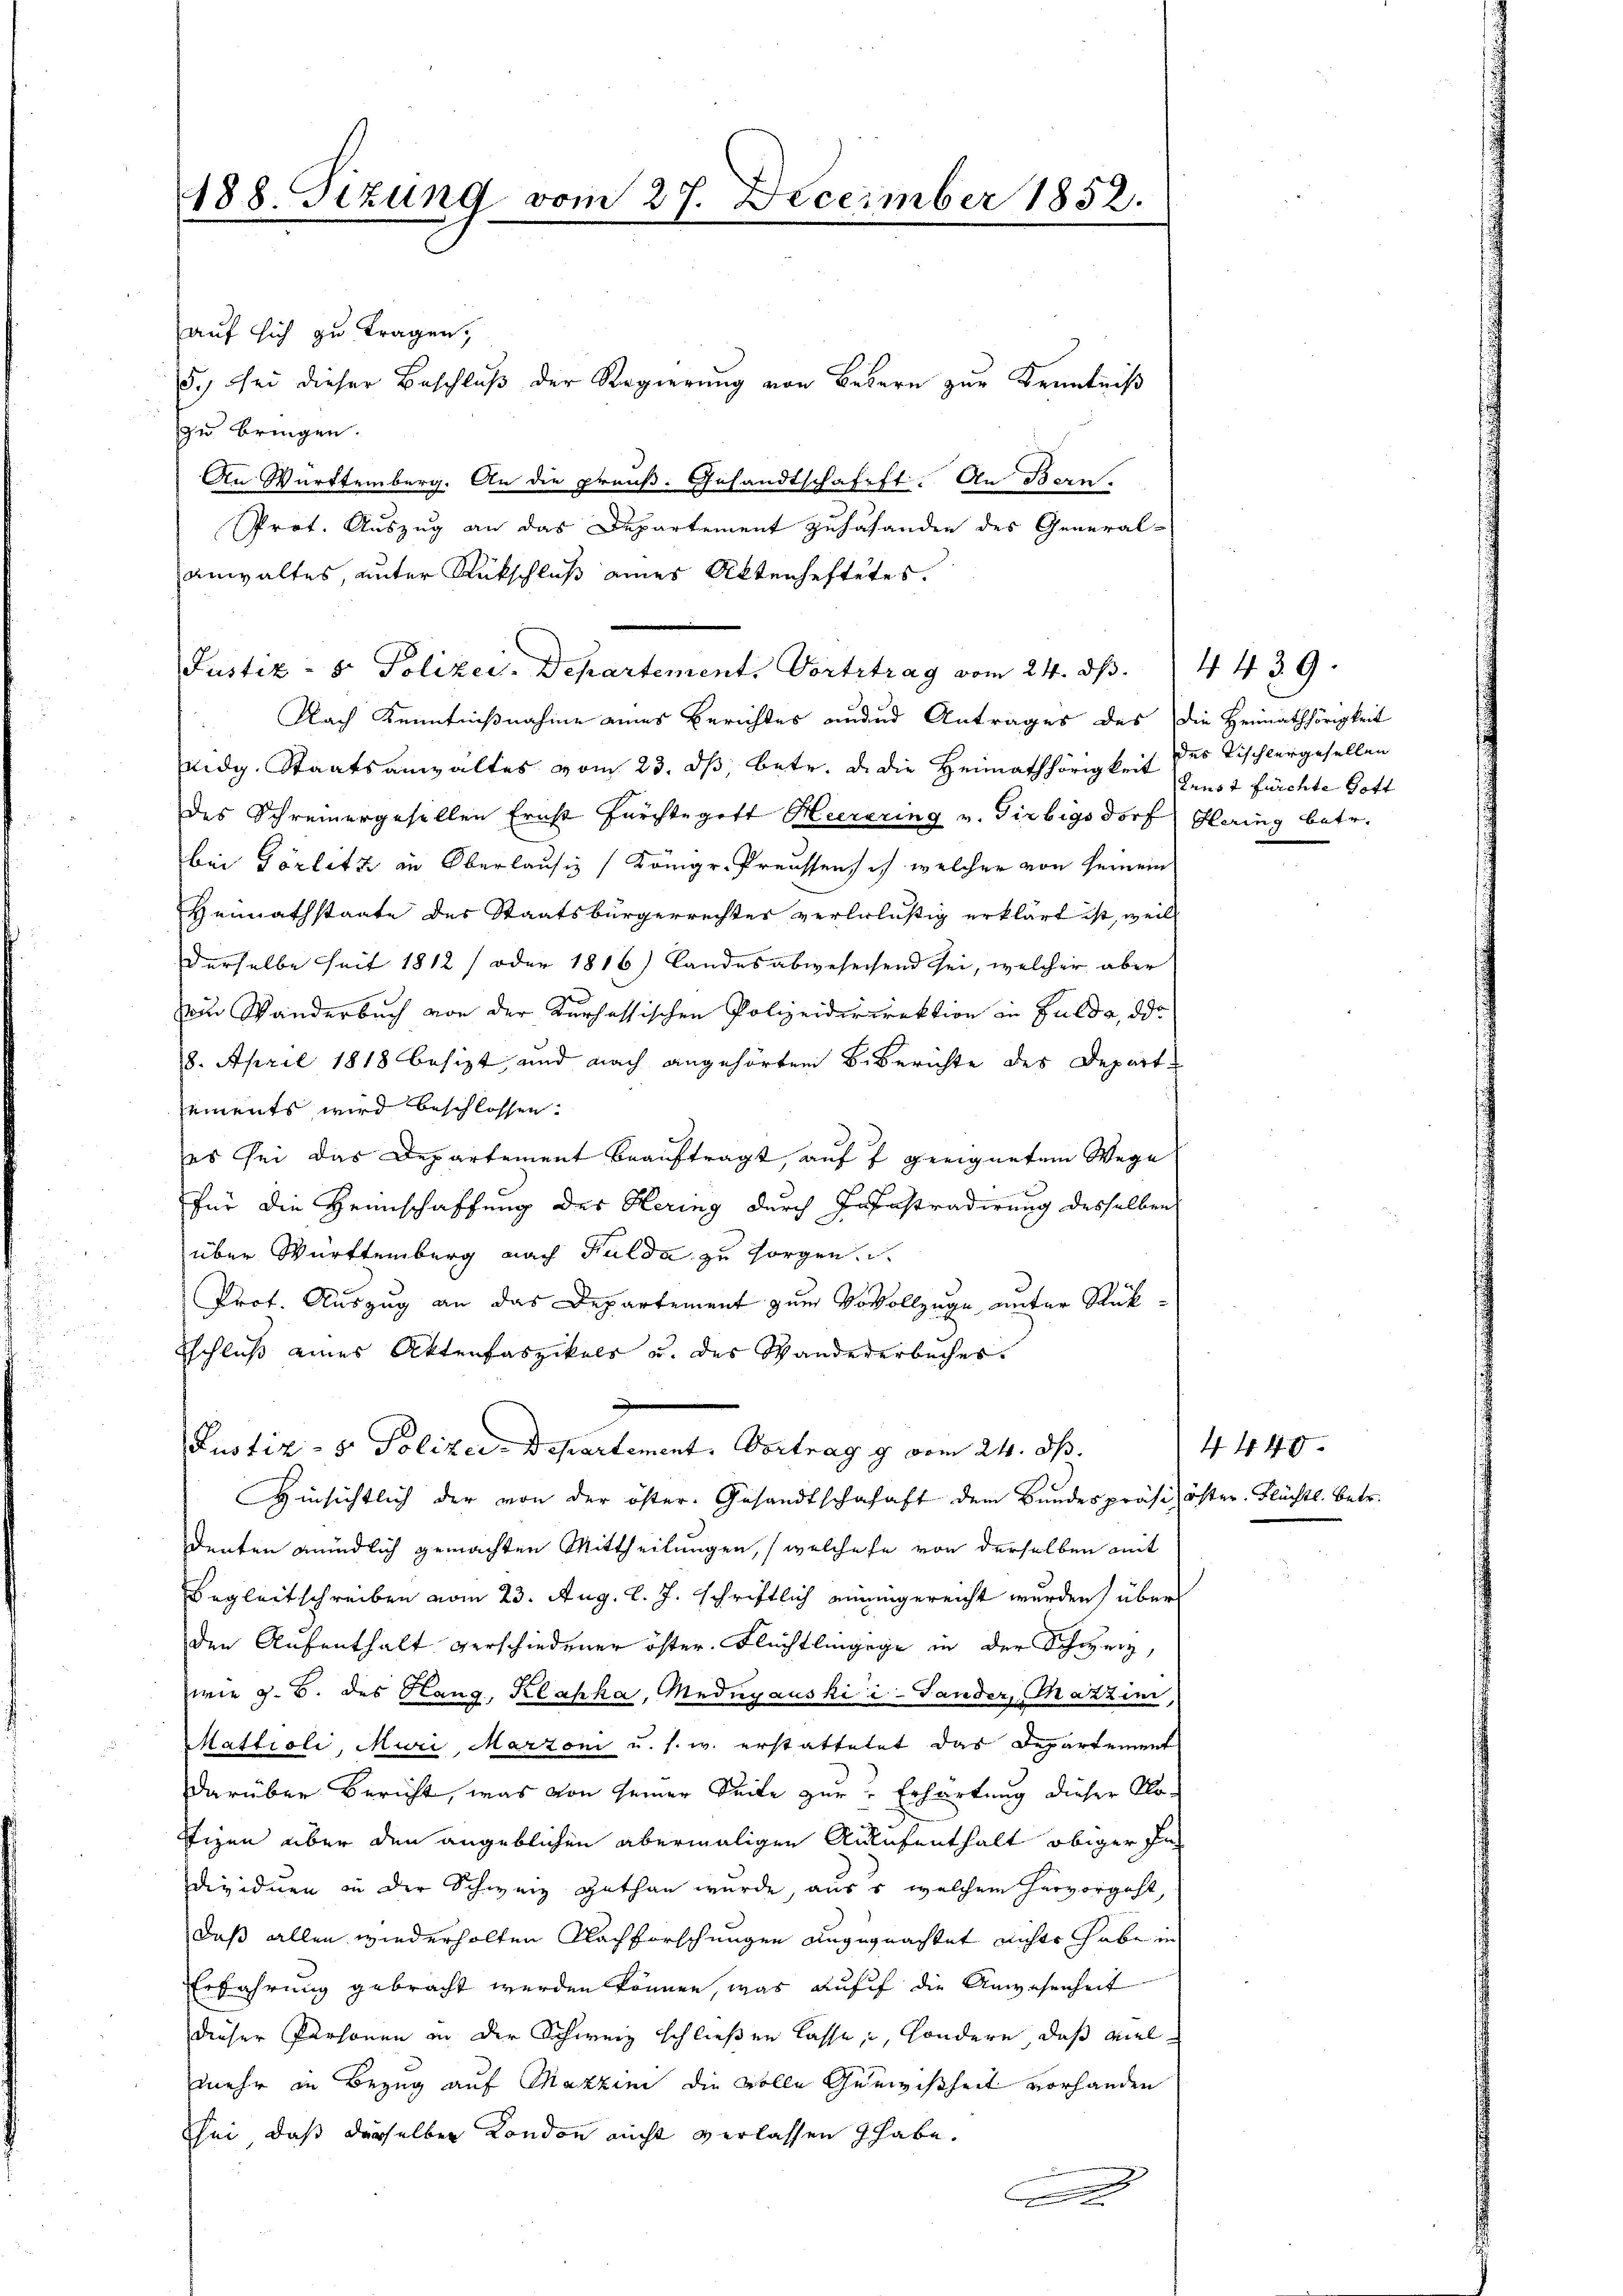
188. Tizung vom 27. December 1852.

auf sich zu tragen,
5.) Bei dieser Beschlŭβ der Regierŭng von Bedern zŭr Kenntniß
zu bringen.
An Württemberg. An die preuß. Gesandtschafft. An Bern
Prot. Auszug an das Departement zuhafanden des General-
anwaltes, unter Rückschluß eines Aktenheftetes.
Nach Kenntnißnahme eines Berichtes ander Antrages des die Heimathörigkeit
Eidg. Staatsanwaltes vom 23. dβ, betr. d. die Heimathörigkeit denst fürchte Gott
des Schreinergesellen Ernst fürchte gott Heerering v. Girbigsdorf Hering betr.
bei Görlitz in Oberlaufig (Königr. Preussen ich welcher von seinem
Heimathstaate des Staatsbürgerrechter verlelüßig erklärt ist, weil
derselbe seit 1812 / oder 1816) Landesabwesecsend sei, welcher aber
ein Wanderbuch von der Kurhessischen Polizeiderirektion in Fulda, das
8. April 1818 besizt, und nach angehörtem Biberichte des Depart
sements wird beschlossen.
es sei das Departement beauftragt, auf 7 geeignetem Wege
für die Heimschaffung des Hering durch Josiastradirung desselben
über Württemberg nach Fulda zu sorgen.
Prot. Auszug an das Departement zum Vorvollzuge unter Rückschluß eines Aktenfaszikels u. des Wandererbuches.
Justiz- & Polizei-Departement. Vortrag g vom 24. dh.
Hinsichtlich der von der öster. Gesandtschafaft dem Bundespräsi öster Flüchtl. betr.
denten mündlich gemachten Mittheilungen, (welchese von derselben mit
Begleitschreiben vom 23. Aug. l. J. schriftlich einigereicht wurden, über
den Aufenthalt verschiedener öster. Flüchtlingige in der Schweiz,
wie z. B. des Hang, Klaska, Mednyauski i-Lander, Mazzin,
Mattioli, Muri, Marzoni u. s. w. erstattetet das Departement
darüber Bericht, was von seiner Seite zur Erhärtung dieser Klo-
Stizen über den angeblichen abermaligen Aufenthalt obiger Individuen in der Schweiz gethan wurde, auss welchem hervorgeht,
daß allen wiederholten Nachforschungen angegeachtet nichts habe in
Erfahrung gebracht werden können, was auff die Anwesenheit
dieser Personen in der Schweiz schließen lasse, sondern, daß viel
mehr in Bezug auf Mazzini die volle Gewißheit vorhanden
sei, daß derselber Kondon nicht verlassen habe.
.

Justiz- & Polizei. Departement. Vortrtrag vom 24. ds. 4439.

des Tischlergesellen

4440